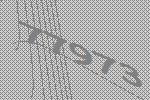
77973